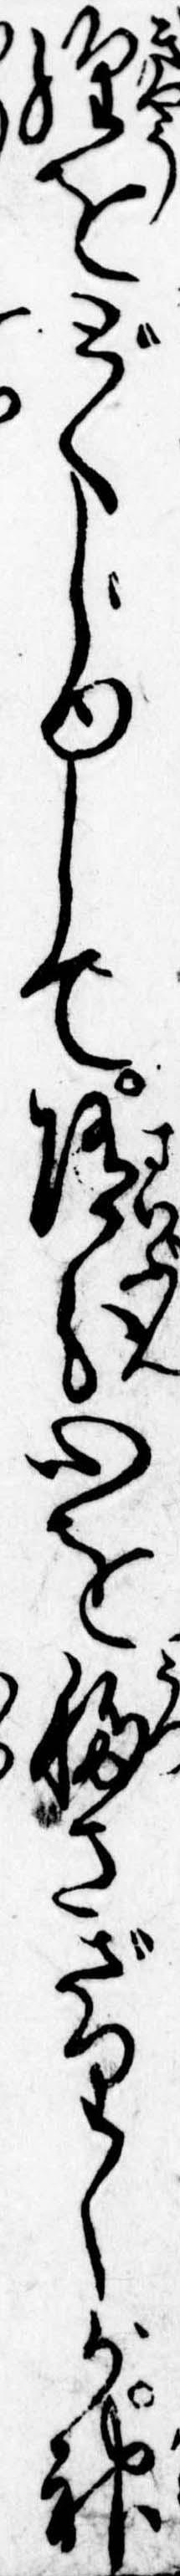
経をどくじゆして随分心を移さゞりしが神